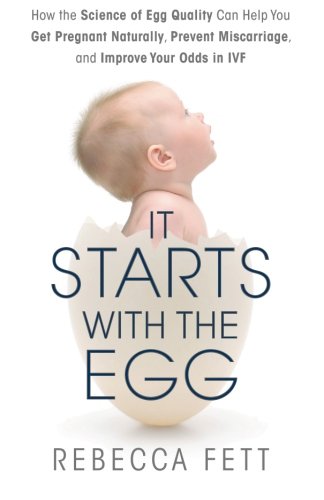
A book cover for It Starts with the Egg: How the Science of Egg Quality Can Help You Get Pregnant Naturally, Prevent Miscarriage, and Improve Your Odds in IVF; Rebecca Fett; Parenting & Relationships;